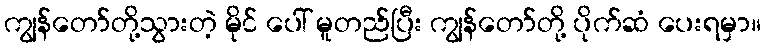
ကျွန်တော်တို့သွားတဲ့ မိုင် ပေါ် မူတည်ပြီး ကျွန်တော်တို့ ပိုက်ဆံ ပေးရမှာ။